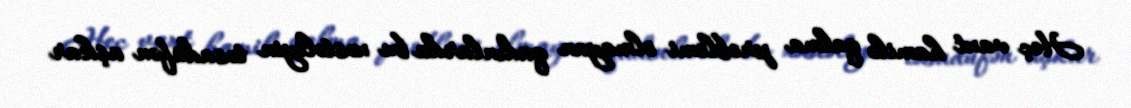
Heç vaxt hamilə qalma problemi olmayan qadınlarda bu xəstəliyin təsadüfən aşkar